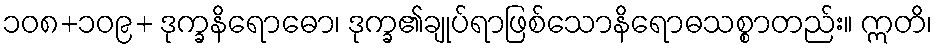
၁၀၈+၁၀၉+ ဒုက္ခနိရောဓော၊ ဒုက္ခ၏ချုပ်ရာဖြစ်သောနိရောဓသစ္စာတည်း။ ဣတိ၊